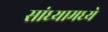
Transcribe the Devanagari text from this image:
सांध्यामध्ये